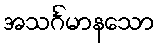
အသင်္ဂမာနသော